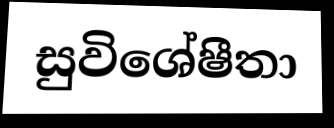
සුවිශේෂීතා